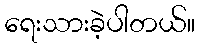
ရေးသားခဲ့ပါတယ်။